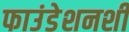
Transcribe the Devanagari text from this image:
फाउंडेशनशी